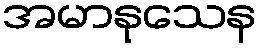
အမာနုသေန